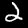
Label: 2